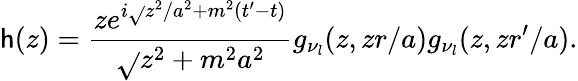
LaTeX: \mathsf{h}(z)=\frac{{ze^{i\sqrt{}{{z^{2}/a^{2}+m^{2}}}(t^{\prime}-t)}}}{{\sqrt{}{{z^{2}+m^{2}a^{2}}}}}g_{\nu_{l}}(z,zr/a)g_{\nu_{l}}(z,zr^{\prime}/a).